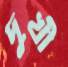
দুখী